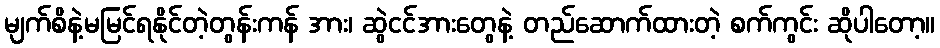
မျက်စိနဲ့မမြင်ရနိုင်တဲ့တွန်းကန် အား၊ ဆွဲငင်အားတွေနဲ့ တည်ဆောက်ထားတဲ့ စက်ကွင်း ဆိုပါတော့။